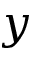
y